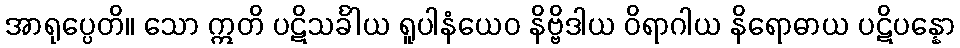
အာရုပ္ပေတိ။ သော ဣတိ ပဋိသင်္ခါယ ရူပါနံယေဝ နိဗ္ဗိဒါယ ဝိရာဂါယ နိရောဓာယ ပဋိပန္နော